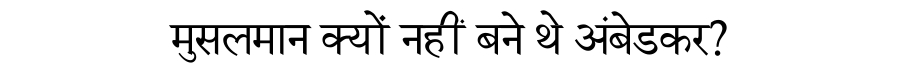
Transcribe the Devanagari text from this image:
मुसलमान क्यों नहीं बने थे अंबेडकर?